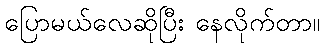
ပြောမယ်လေဆိုပြီး နေလိုက်တာ။